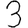
Digit: 3